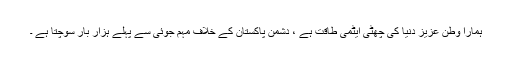
ہمارا وطن عزیز دنیا کی چھٹی ایٹمی طاقت ہے ، دشمن پاکستان کے خلاف مہم جوئی سے پہلے ہزار بار سوچتا ہے ۔